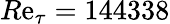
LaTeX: R\mathrm{e}_{\tau}=144338